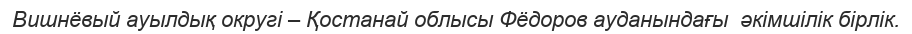
Вишнёвый ауылдық округі – Қостанай облысы Фёдоров ауданындағы  әкімшілік бірлік.